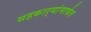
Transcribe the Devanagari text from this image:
सहकार्‍यांमार्फत